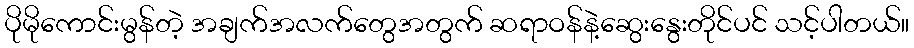
ပိုမိုကောင်းမွန်တဲ့ အချက်အလက်တွေအတွက် ဆရာဝန်နဲ့ဆွေးနွေးတိုင်ပင် သင့်ပါတယ်။